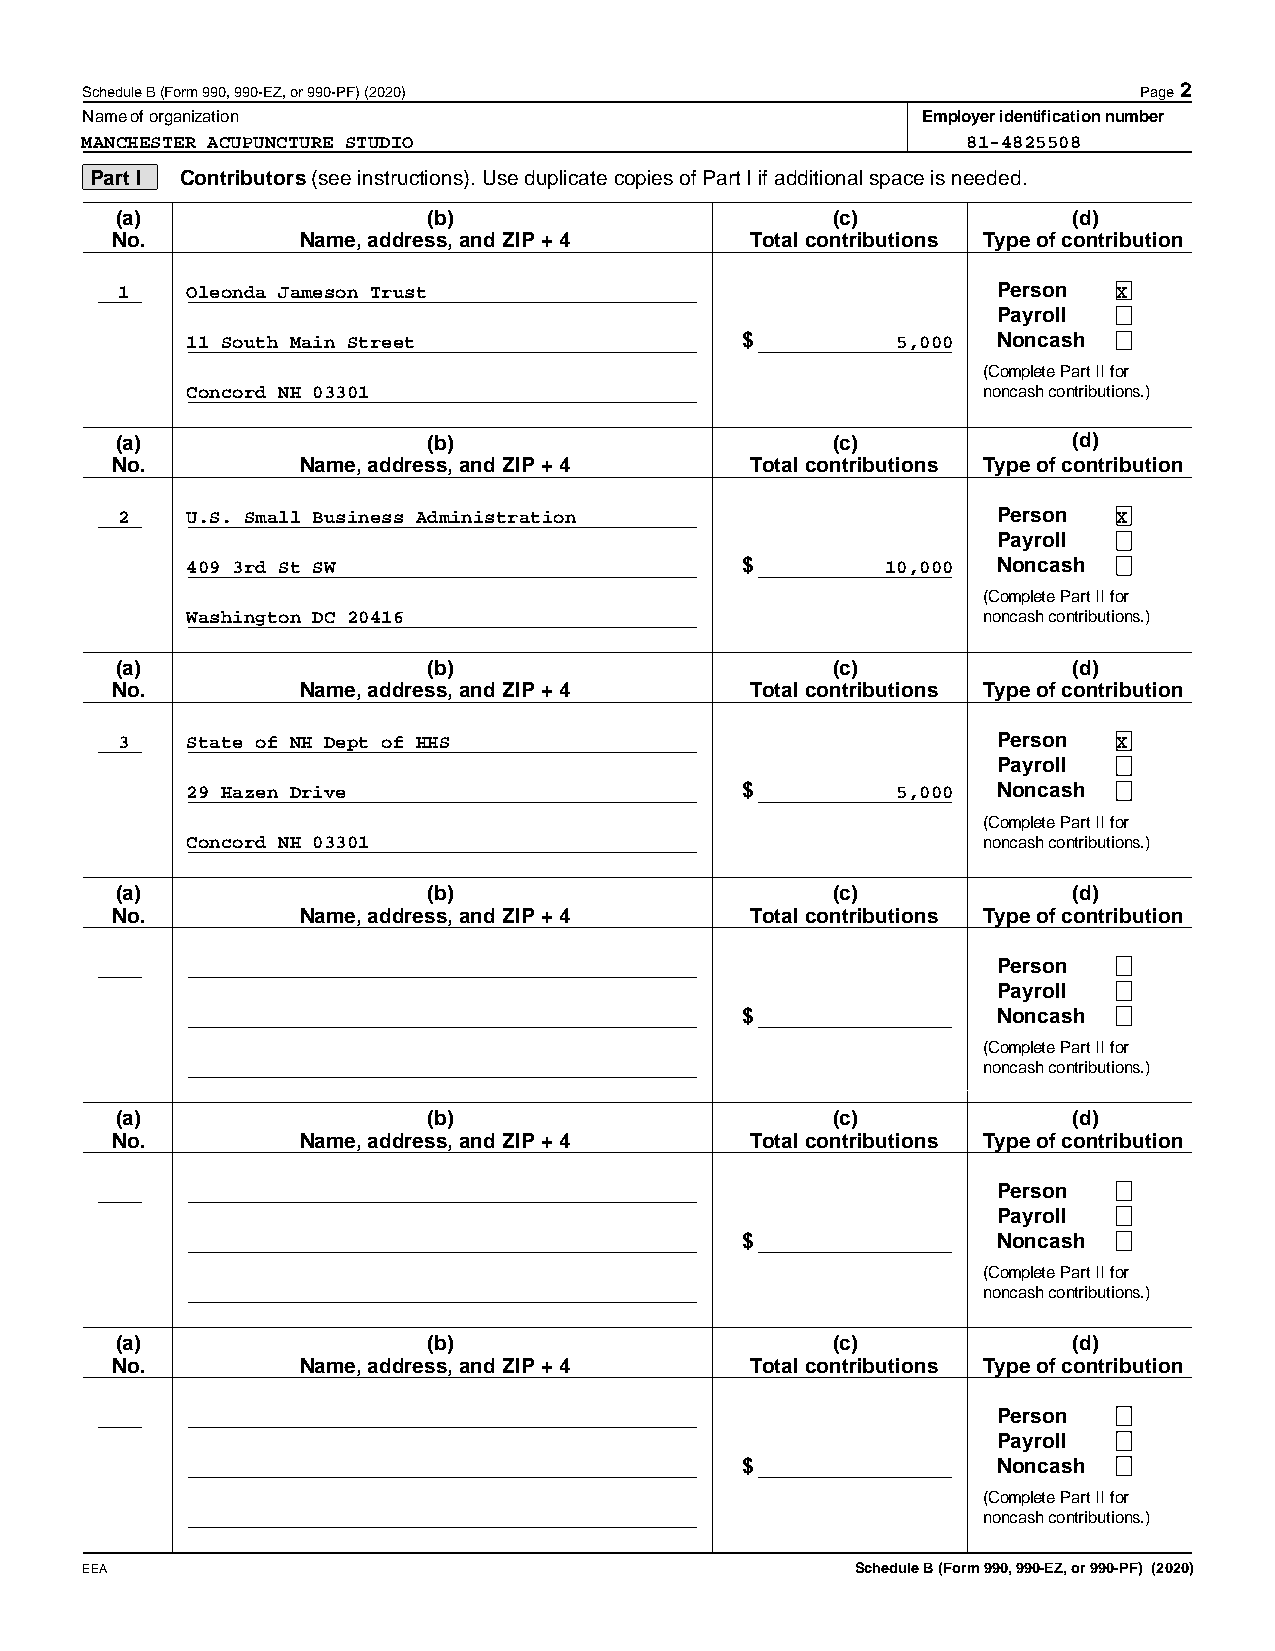
Schedule B (Form 990, 990-EZ, or 990-PF) (2020)                       Page 2
 Name of organization                                    Employer identification number
 MANCHESTER ACUPUNCTURE STUDIO                              81-4825508
 Part I Contributors (see instructions). Use duplicate copies of Part I if additional space is needed.
 (a)                 (b)                        (c)             (d)
 No.          Name, address, and ZIP + 4    Total contributions Type of contribution
 1   Oleonda Jameson Trust                                 Person  X
 Payroll
 11 South Main Street                 $         5,000  Noncash
 (Complete Part II for
 Concord NH 03301                                     noncash contributions.)
 (a)                 (b)                        (c)             (d)
 No.          Name, address, and ZIP + 4    Total contributions Type of contribution
 2   U.S. Small Business Administration                    Person  X
 Payroll
 409 3rd St SW                        $         10,000 Noncash
 (Complete Part II for
 Washington DC 20416                                  noncash contributions.)
 (a)                 (b)                        (c)             (d)
 No.          Name, address, and ZIP + 4    Total contributions Type of contribution
 3   State of NH Dept of HHS                               Person  X
 Payroll
 29 Hazen Drive                       $         5,000  Noncash
 (Complete Part II for
 Concord NH 03301                                     noncash contributions.)
 (a)                 (b)                        (c)             (d)
 No.          Name, address, and ZIP + 4    Total contributions Type of contribution
 Person
 Payroll
 $                Noncash
 (Complete Part II for
 noncash contributions.)
 (a)                 (b)                        (c)             (d)
 No.          Name, address, and ZIP + 4    Total contributions Type of contribution
 Person
 Payroll
 $                Noncash
 (Complete Part II for
 noncash contributions.)
 (a)                 (b)                        (c)             (d)
 No.          Name, address, and ZIP + 4    Total contributions Type of contribution
 Person
 Payroll
 $                Noncash
 (Complete Part II for
 noncash contributions.)
 EEA                                                 Schedule B (Form 990, 990-EZ, or 990-PF) (2020)